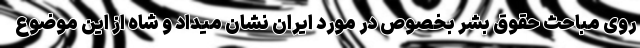
روی مباحث حقوق بشر بخصوص در مورد ایران نشان میداد و شاه از این موضوع